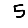
Digit: 5